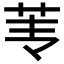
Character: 𰰫